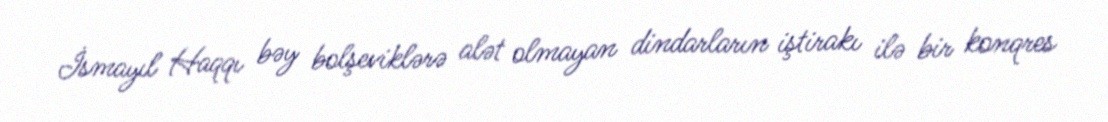
İsmayıl Haqqı bəy bolşeviklərə alət olmayan dindarların iştirakı ilə bir konqres